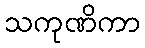
သကုဏိကာ